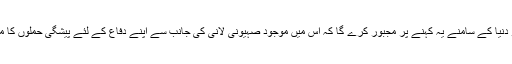
یہی معاملہ اسرائیل کو دنیا کے سامنے یہ کہنے پر مجبور کرے گا کہ اس میں موجود صہیونی لانی کی جانب سے اپنے دفاع کے لئے پیشگی حملوں کا مطالبہ زور پکڑے گا ۔